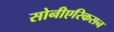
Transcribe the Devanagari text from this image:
सोनीएरिकसन